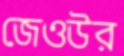
জেওউর